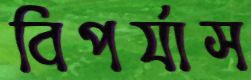
বিপর্যাস